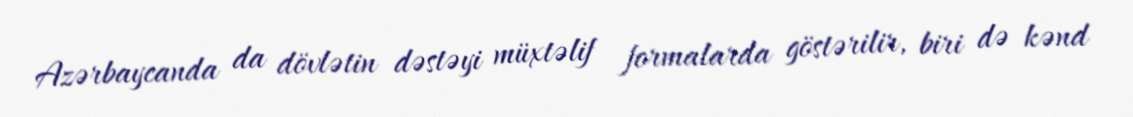
Azərbaycanda da dövlətin dəstəyi müxtəlif formalarda göstərilir, biri də kənd